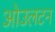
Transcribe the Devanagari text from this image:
ओउलटन